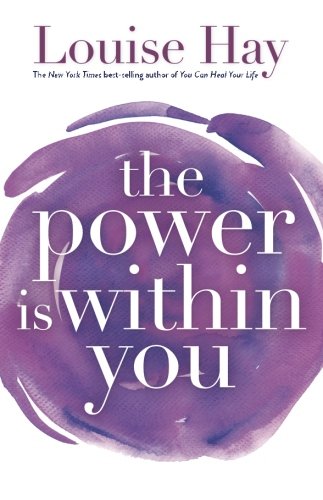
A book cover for The Power Is Within You; Louise Hay; Self-Help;